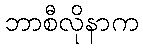
ဘာစီလိုနာက